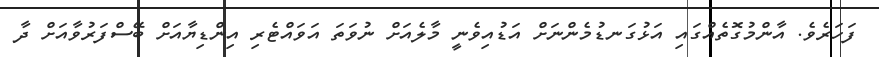
ފަހަރެވެ. އާންމުގޮތެއްގައި އަޅުގަނޑުމެންނަށް އަޑުއިވެނީ މާލެއަށް ނުވަތަ އަވައްޓެރި އިންޑިޔާއަށް ބޭސްފަރުވާއަށް ދާ